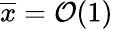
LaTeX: \overline{{x}}=\mathcal{O}(1)